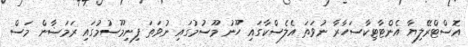
އޮސްޓްރޭލިޔާ އެންޓާޓިކާސަހާރާ ނުވަތަ އެލެސްކާގައި ހޫނު މޫސުމުގައި ނުވަތަ ފިނިމޫސުމުގައި ރަމަޟާން މަސް